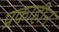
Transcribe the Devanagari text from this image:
प्रकाहीन